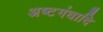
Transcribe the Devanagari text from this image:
अष्टगंधादि